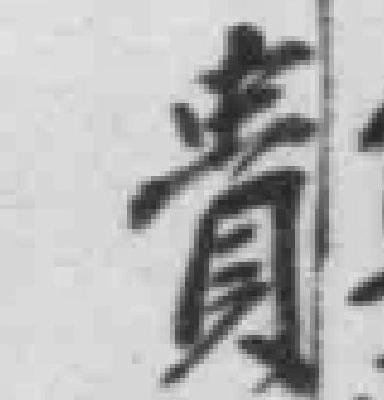
贵